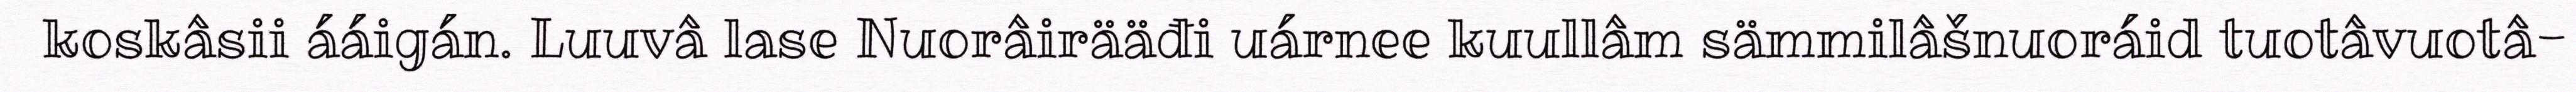
koskâsii ááigán. Luuvâ lase Nuorâirääđi uárnee kuullâm sämmilâšnuoráid tuotâvuotâ-